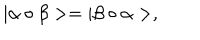
LaTeX: | \alpha \circ \beta > = | \beta \circ \alpha > ,